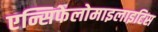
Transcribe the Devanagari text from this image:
एन्सिफेलोमाइलाइटिस